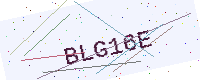
Text: BLG16E